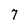
Character: 7